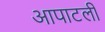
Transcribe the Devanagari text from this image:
आपाटली